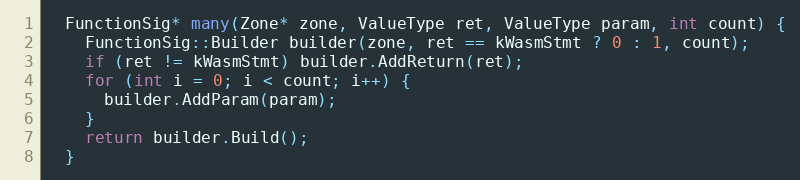
Language: C
  FunctionSig* many(Zone* zone, ValueType ret, ValueType param, int count) {
    FunctionSig::Builder builder(zone, ret == kWasmStmt ? 0 : 1, count);
    if (ret != kWasmStmt) builder.AddReturn(ret);
    for (int i = 0; i < count; i++) {
      builder.AddParam(param);
    }
    return builder.Build();
  }